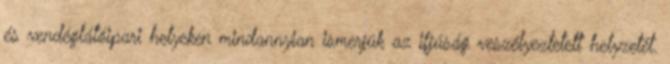
és vendéglátóipari helyeken mindannyian ismerjük az ifjúság veszélyeztetett helyzetét.